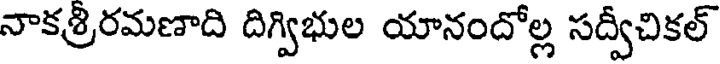
నాకత్రిరమణాది దిగ్విభుల యానందోల్ల సద్వీచికల్